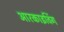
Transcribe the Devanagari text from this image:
आरकाइविंग